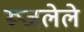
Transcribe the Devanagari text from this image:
रूजलेले